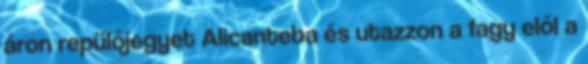
áron repülőjegyet Alicanteba és utazzon a fagy elől a